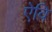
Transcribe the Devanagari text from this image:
ऐवि